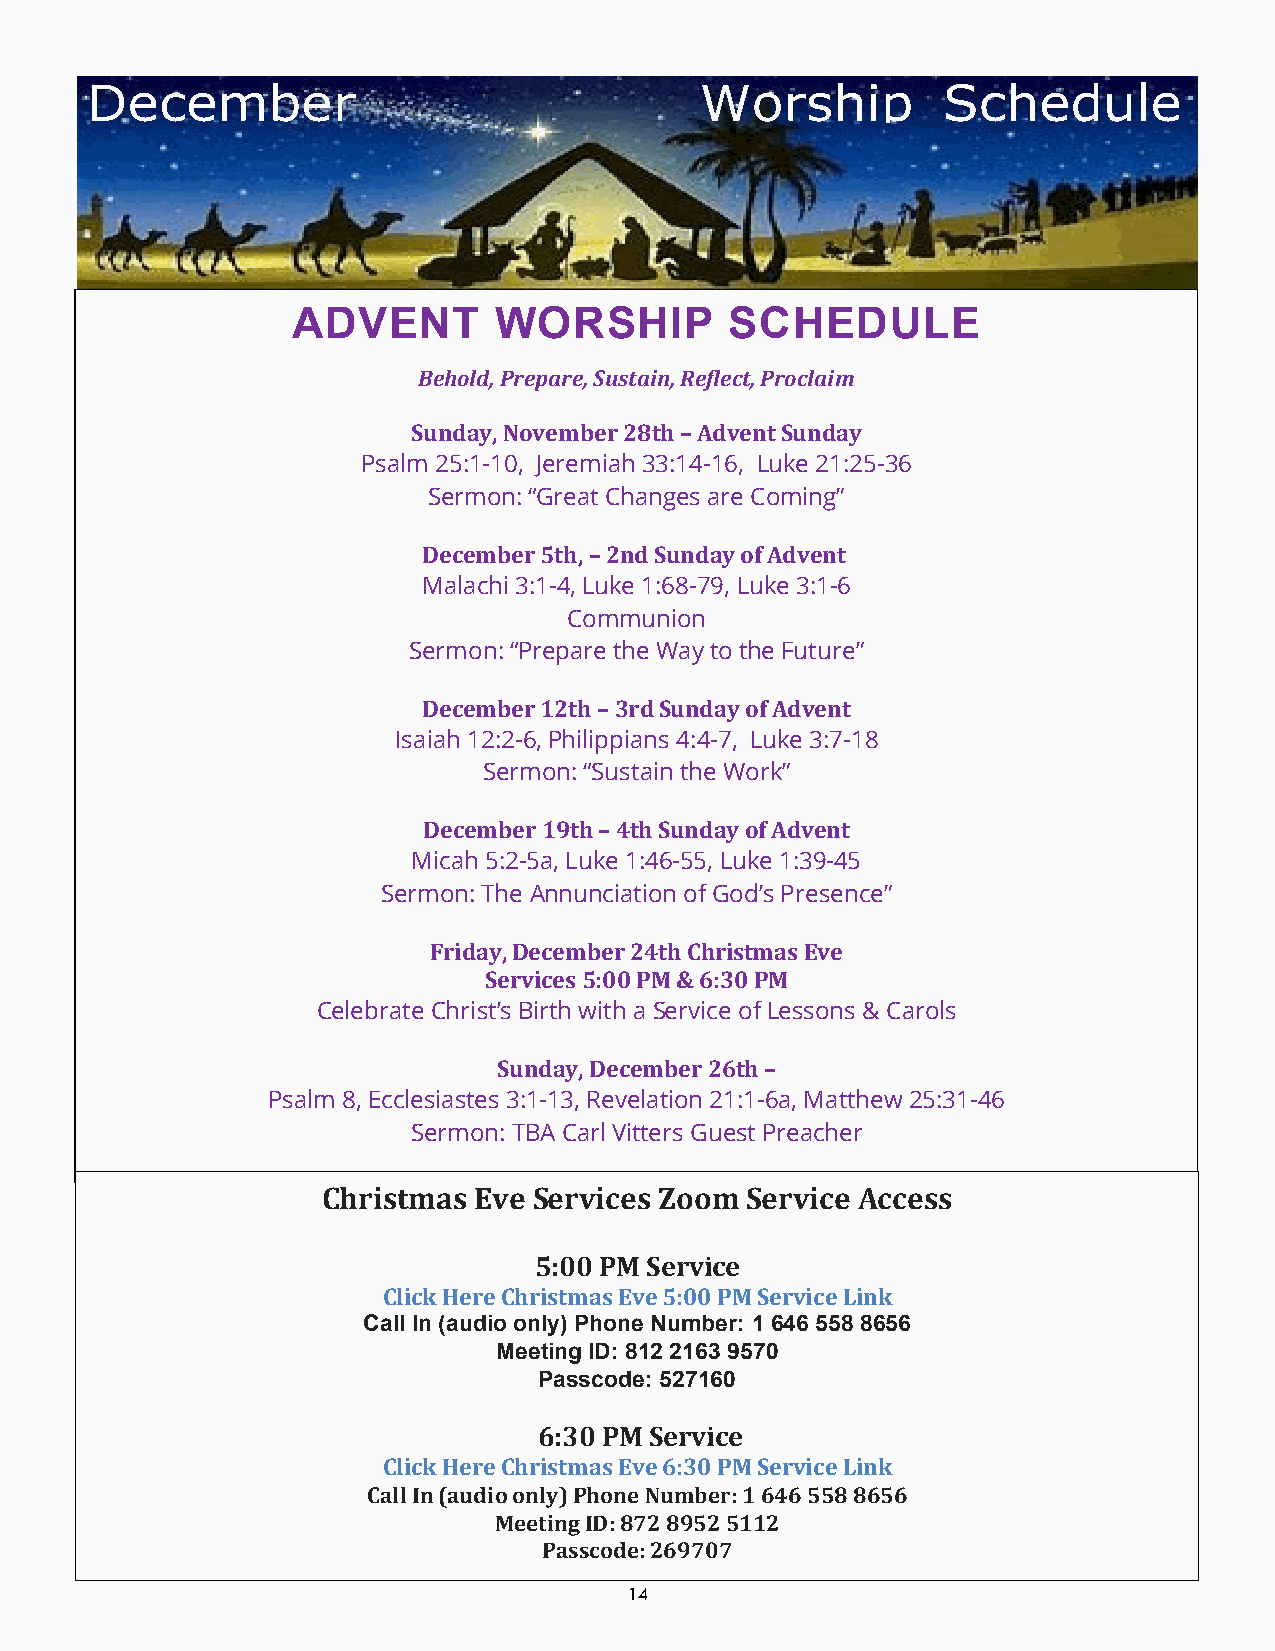
December                                Worship         Schedule
 ADVENT        WORSHIP        SCHEDULE
 Behold, Prepare, Sustain, Reflect, Proclaim
 Sunday, November 28th – Advent Sunday
 Psalm 25:1-10, Jeremiah 33:14-16, Luke 21:25-36
 Sermon: “Great Changes are Coming”
 December 5th, – 2nd Sunday of Advent
 Malachi 3:1-4, Luke 1:68-79, Luke 3:1-6
 Communion
 Sermon: “Prepare the Way to the Future”
 December 12th – 3rd Sunday of Advent
 Isaiah 12:2-6, Philippians 4:4-7, Luke 3:7-18
 Sermon: “Sustain the Work”
 December 19th – 4th Sunday of Advent
 Micah 5:2-5a, Luke 1:46-55, Luke 1:39-45
 Sermon: The Annunciation of God’s Presence”
 Friday, December 24th Christmas Eve
 Services 5:00 PM & 6:30 PM
 Celebrate Christ’s Birth with a Service of Lessons & Carols
 Sunday, December 26th –
 Psalm 8, Ecclesiastes 3:1-13, Revelation 21:1-6a, Matthew 25:31-46
 Sermon: TBA Carl Vitters Guest Preacher
 Christmas Eve Services Zoom Service Access
 5:00 PM Service
 Click Here Christmas Eve 5:00 PM Service Link
 Call In (audio only) Phone Number: 1 646 558 8656
 Meeting ID: 812 2163 9570
 Passcode: 527160
 6:30 PM Service
 Click Here Christmas Eve 6:30 PM Service Link
 Call In (audio only) Phone Number: 1 646 558 8656
 Meeting ID: 872 8952 5112
 Passcode: 269707
 14